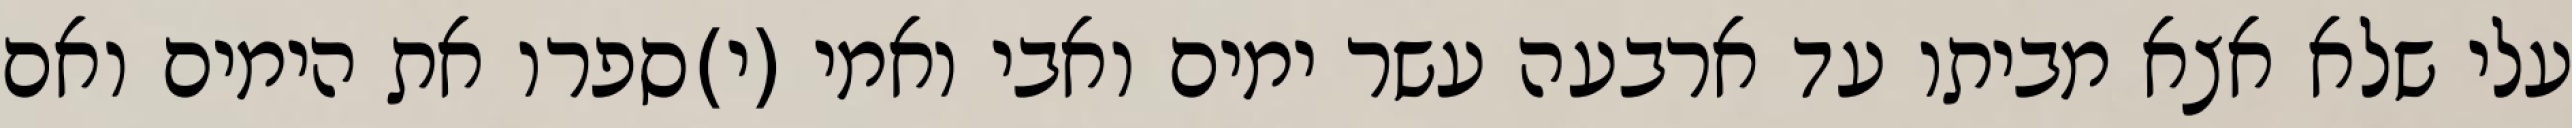
עלי שלא אצא מביתו עד ארבעה עשר ימים ואבי ואמי (י)ספרו את הימים ואם